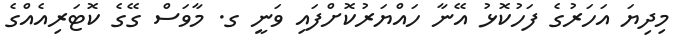
މިދިޔަ އަހަރުގެ ފަހުކޮޅު އޭނާ ހައްޔަރުކޮށްފައި ވަނީ ގ. މާވަސް ގޭގެ ކޮޓަރިއެއްގެ